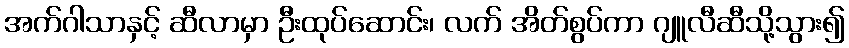
အက်ဂါသာနှင့် ဆီလာမှာ ဦးထုပ်ဆောင်း၊ လက် အိတ်စွပ်ကာ ဂျူလီဆီသို့သွား၍